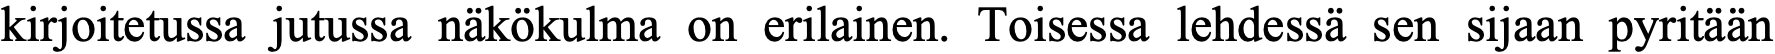
kirjoitetussa jutussa näkökulma on erilainen. Toisessa lehdessä sen sijaan pyritään